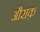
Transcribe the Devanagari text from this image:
औराक़